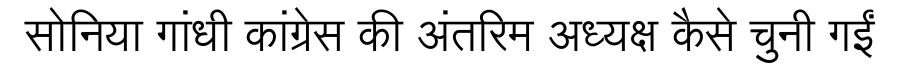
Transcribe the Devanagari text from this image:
सोनिया गांधी कांग्रेस की अंतरिम अध्यक्ष कैसे चुनी गईं